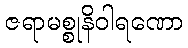
ဇရာမစ္စုနိဝါရဏော